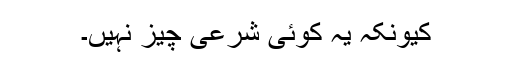
کیونکہ یہ کوئی شرعی چیز نہیں۔